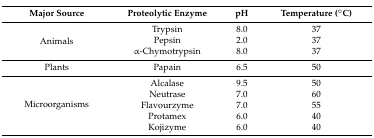
<table><thead><tr><td><b>Major Source</b></td><td><b>Proteolytic Enzyme</b></td><td><b>pH</b></td><td><b>Temperature (°C)</b></td></tr></thead><tbody><tr><td rowspan="3">Animals</td><td>Trypsin</td><td>8.0</td><td>37</td></tr><tr><td>Pepsin</td><td>2.0</td><td>37</td></tr><tr><td>α-Chymotrypsin</td><td>8.0</td><td>37</td></tr><tr><td>Plants</td><td>Papain</td><td>6.5</td><td>50</td></tr><tr><td rowspan="5">Microorganisms</td><td>Alcalase</td><td>9.5</td><td>50</td></tr><tr><td>Neutrase</td><td>7.0</td><td>60</td></tr><tr><td>Flavourzyme</td><td>7.0</td><td>55</td></tr><tr><td>Protamex</td><td>6.0</td><td>40</td></tr><tr><td>Kojizyme</td><td>6.0</td><td>40</td></tr></tbody></table>